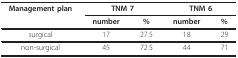
<table><thead><tr><td><b>Management plan</b></td><td colspan="2"><b>TNM 7</b></td><td colspan="2"><b>TNM 6</b></td></tr><tr><td></td><td><b>number</b></td><td><b>%</b></td><td><b>number</b></td><td><b>%</b></td></tr></thead><tbody><tr><td>surgical</td><td>17</td><td>27.5</td><td>18</td><td>29</td></tr><tr><td>non-surgical</td><td>45</td><td>72.5</td><td>44</td><td>71</td></tr></tbody></table>